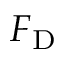
\boldsymbol { F } _ { \mathrm { D } }